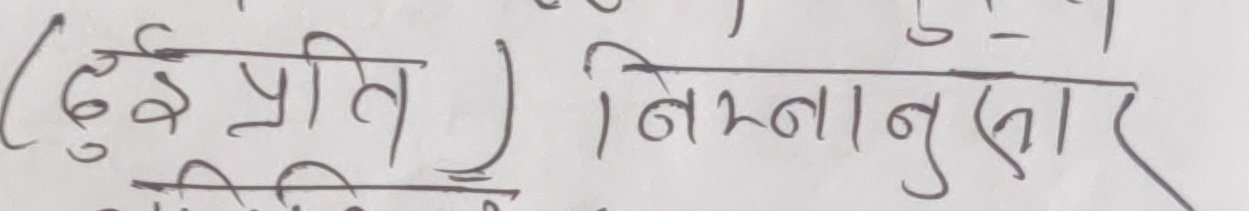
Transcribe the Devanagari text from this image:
(दुई प्रति) निम्नानुसार